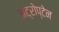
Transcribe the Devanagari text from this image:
अट्रोप्टेन